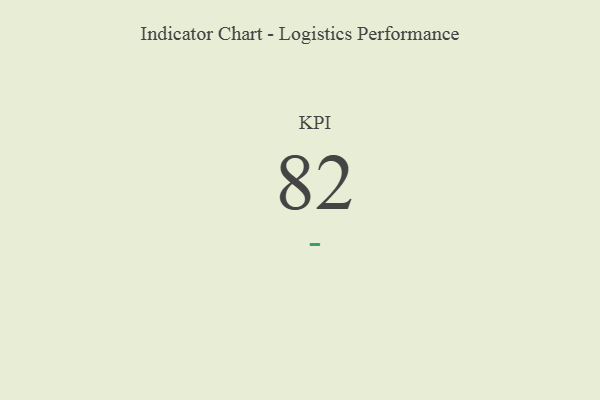
{"axis": {"x": "KPI", "y": "Value"}, "legend": [""], "data": [{"x": "KPI", "y": 82, "type": ""}]}